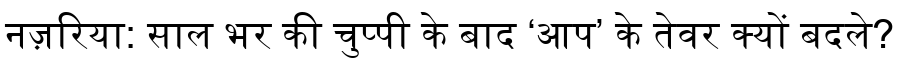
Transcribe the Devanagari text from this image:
नज़रिया: साल भर की चुप्पी के बाद ‘आप’ के तेवर क्यों बदले?